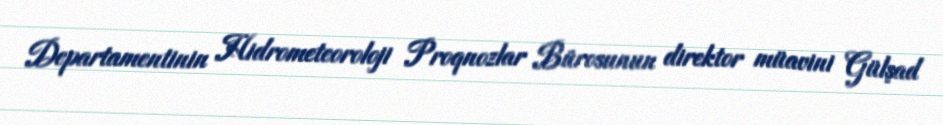
Departamentinin Hidrometeoroloji Proqnozlar Bürosunun direktor müavini Gülşad